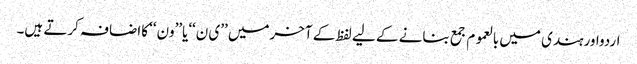
اردواورہندی میں بالعموم جمع بنانے کے لیے لفظ کے آخرمیں ’’ی ن‘‘یا’’ون‘‘ کااضافہ کرتے ہیں۔